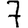
Digit: 7